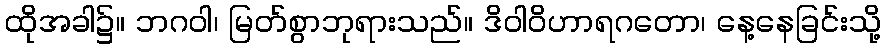
ထိုအခါ၌။ ဘဂဝါ၊ မြတ်စွာဘုရားသည်။ ဒိဝါဝိဟာရဂတော၊ နေ့နေခြင်းသို့